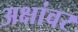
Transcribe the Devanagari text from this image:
अक्षांवर